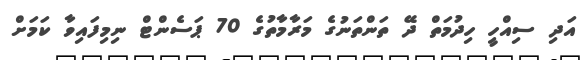
އަދި ސިއްހީ ހިދުމަތް ދޭ ތަންތަނުގެ މަރާމާތުގެ 70 ޕަސެންޓް ނިމިފައިވާ ކަމަށް